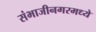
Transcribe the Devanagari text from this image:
संभाजीनगरमध्ये